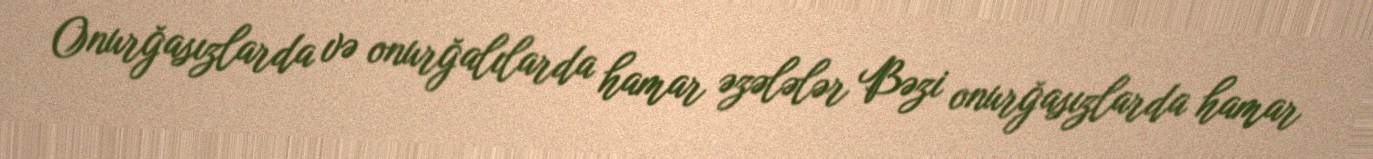
Onurğasızlarda və onurğalılarda hamar əzələlər Bəzi onurğasızlarda hamar